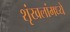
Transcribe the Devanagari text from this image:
शृंखलांमध्ये